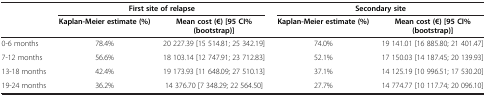
|  | <COLSPAN=2> First site of relapse | <COLSPAN=2> Secondary site |
 |  | Kaplan-Meier estimate (%) | Mean cost (€) [95 CI% (bootstrap)] | Kaplan-Meier estimate (%) | Mean cost (€) [95 CI% (bootstrap)] |
 | --- | --- | --- | --- | --- |
 | 0-6 months | 78.4% | 20 227.39 [15 514.81; 25 342.19] | 74.0% | 19 141.01 [16 885.80; 21 401.47] |
 | 7-12 months | 56.6% | 18 103.14 [12 747.91; 23 712.83] | 52.1% | 17 150.03 [14 187.45; 20 139.93] |
 | 13-18 months | 42.4% | 19 173.93 [11 648.09; 27 510.13] | 37.1% | 14 125.19 [10 996.51; 17 530.20] |
 | 19-24 months | 36.2% | 14 376.70 [7 348.29; 22 564.50] | 27.7% | 14 774.77 [10 117.74; 20 096.10] |